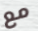
مع